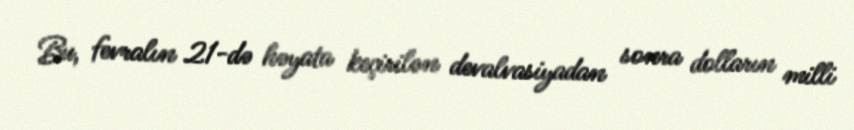
Bu, fevralın 21-də həyata keçirilən devalvasiyadan sonra dolların milli